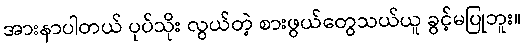
အားနာပါတယ် ပုပ်သိုး လွယ်တဲ့ စားဖွယ်တွေသယ်ယူ ခွင့်မပြုဘူး။